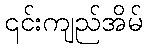
၎င်းကျည်အိမ်